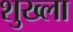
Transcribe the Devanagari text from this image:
शुख्ला